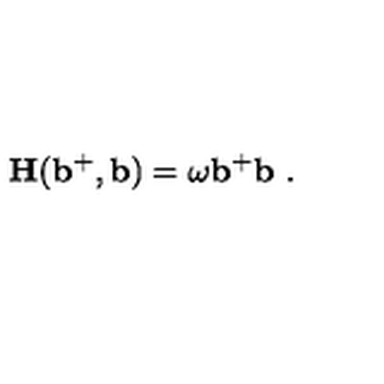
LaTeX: { \bf H ( b ^ { + } , b ) } = \omega { \bf b ^ { + } b } \ .